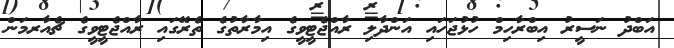
އަބްދު ނަސީރު އިބްރާހިމް ހުޅުޖަހައި އަންދާލި ރާއްޖެޓީވީގެ އިމާރާތުގެ ތެރޭގައި ރާއްޖެޓީވީގެ ޗެއާރމަން